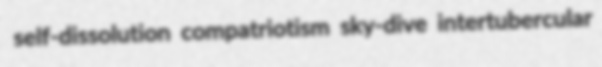
self-dissolution compatriotism sky-dive intertubercular